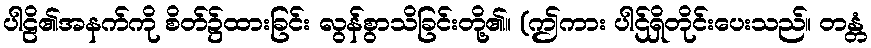
ပါဠိ၏အနက်ကို စိတ်၌ထားခြင်း လွန်စွာသိခြင်းတို့၏။ (ဤကား ပါဌ်ရှိတိုင်းပေးသည်။ တန္တံ